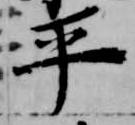
平